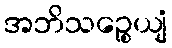
အဘိသဉ္စေယျံ